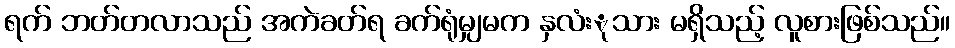
ရက် ဘတ်တလာသည် အကဲခတ်ရ ခက်ရုံမျှမက နှလံးုသား မရှိသည့် လူစားဖြစ်သည်။